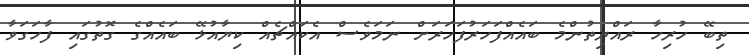
ތިބޭ ހުރިހާ ރައްޔިތުންމެ ބައެއްފަހަރުފަހަރަށް ނަމަވެސް އެކައްޗެއް ކިޔާއުޅޭ ބައެއްގެ ގޮތުގައި ފާހަގަވާ